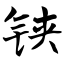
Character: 铗